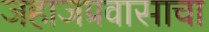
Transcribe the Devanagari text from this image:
जहाजप्रवासाचा